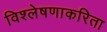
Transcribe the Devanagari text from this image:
विश्लेषणाकरिता